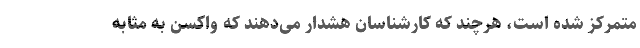
متمرکز شده است، هرچند که کارشناسان هشدار می‌دهند که واکسن به مثابه